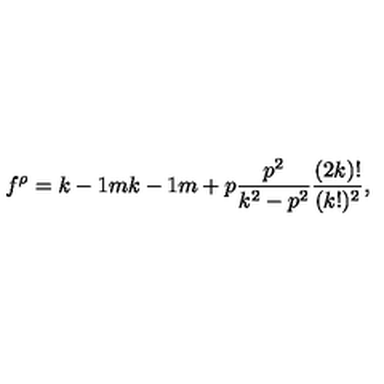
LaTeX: f ^ { \rho } = { \binom { k - 1 } { m } } { \binom { k - 1 } { m + p } } { \frac { p ^ { 2 } } { k ^ { 2 } - p ^ { 2 } } } { \frac { ( 2 k ) ! } { ( k ! ) ^ { 2 } } } ,